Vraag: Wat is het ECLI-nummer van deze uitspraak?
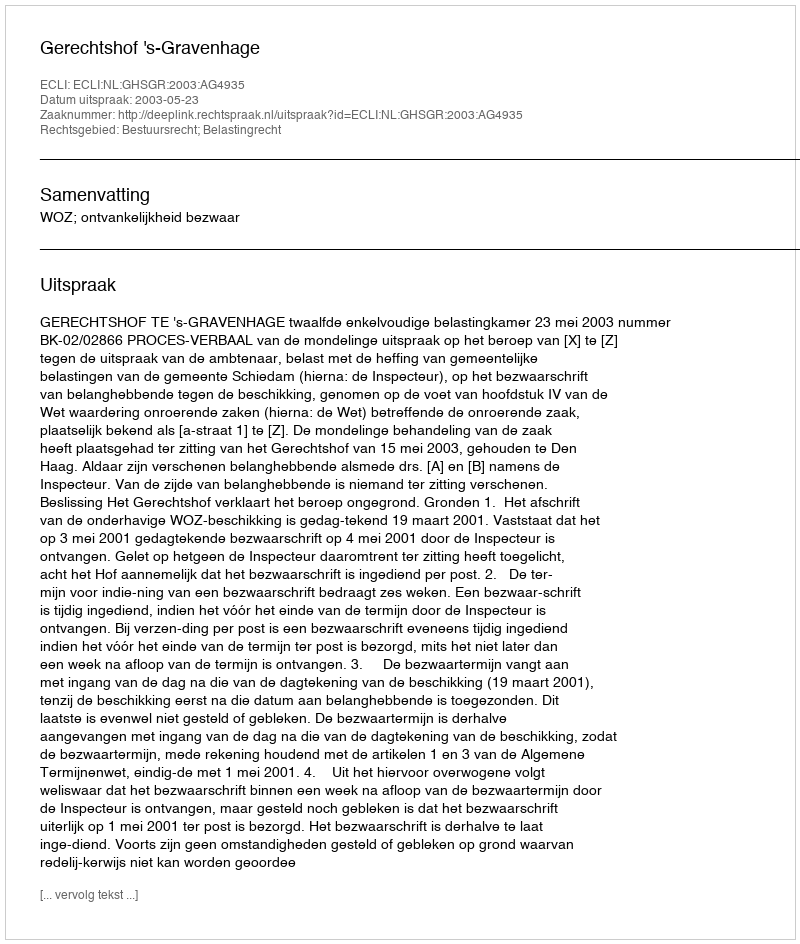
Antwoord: ECLI:NL:GHSGR:2003:AG4935